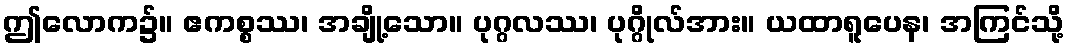
ဤလောက၌။ ဧကစ္စဿ၊ အချို့သော။ ပုဂ္ဂလဿ၊ ပုဂ္ဂိုလ်အား။ ယထာရူပေန၊ အကြင်သို့